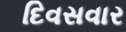
દિવસવાર